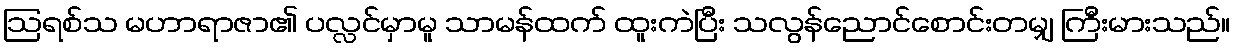
ဩရစ်သ မဟာရာဇာ၏ ပလ္လင်မှာမူ သာမန်ထက် ထူးကဲပြီး သလွန်ညောင်စောင်းတမျှ ကြီးမားသည်။